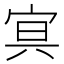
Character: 𡨕